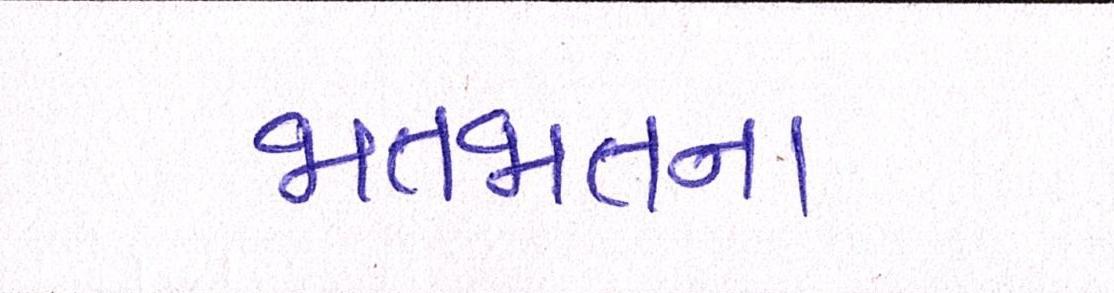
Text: જાતજાતના